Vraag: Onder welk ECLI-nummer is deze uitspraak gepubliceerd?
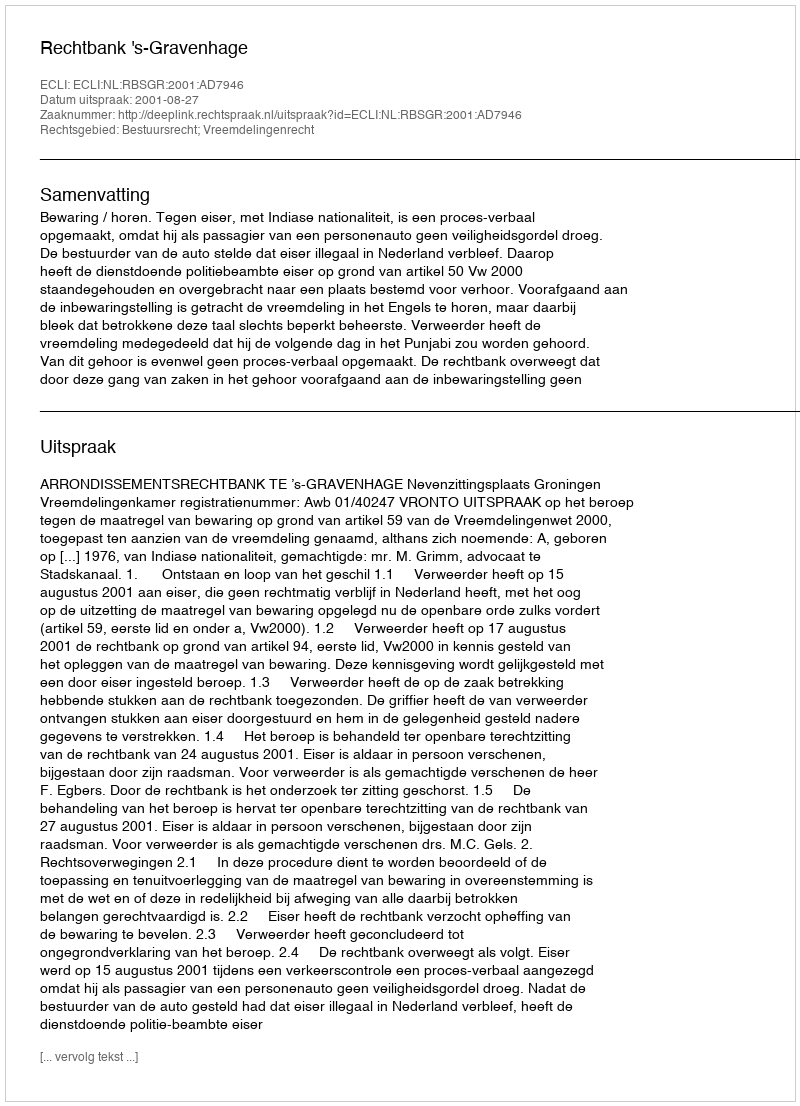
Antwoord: ECLI:NL:RBSGR:2001:AD7946